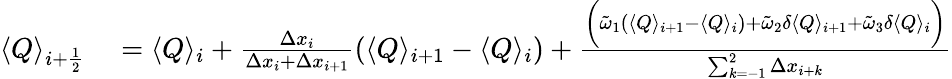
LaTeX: \begin{array}{rl}{\langle Q\rangle_{i+\frac{1}{2}}}&{{}=\langle Q\rangle_{i}+\frac{\Delta x_{i}}{\Delta x_{i}+\Delta x_{i+1}}\left(\langle Q\rangle_{i+1}-\langle Q\rangle_{i}\right)+\frac{\bigg(\tilde{\omega}_{1}(\langle Q\rangle_{i+1}-\langle Q\rangle_{i})+\tilde{\omega}_{2}\delta\langle Q\rangle_{i+1}+\tilde{\omega}_{3}\delta\langle Q\rangle_{i}\bigg)}{\sum_{k=-1}^{2}\Delta x_{i+k}}}\end{array}